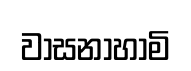
වාසනාහාමි